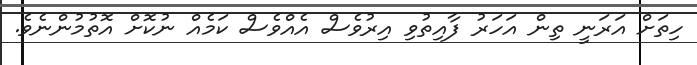
ހިތަށް އަރަނީ ތިން އަހަރު ފާއިތުވި އިރުވެސް އެއްވެސް ކަމެއް ނުކޮށް އޮތުމުންނެވެ.